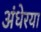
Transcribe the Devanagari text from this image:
अंधेरया